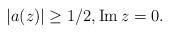
LaTeX: \begin{align*}|a(z)|\geq 1/2, \operatorname{Im} z=0.\end{align*}